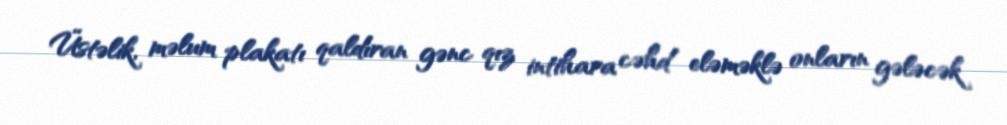
Üstəlik, məlum plakatı qaldıran gənc qız intihara cəhd eləməklə onların gələcək